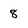
Character: 8